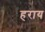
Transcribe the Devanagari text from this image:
हराय